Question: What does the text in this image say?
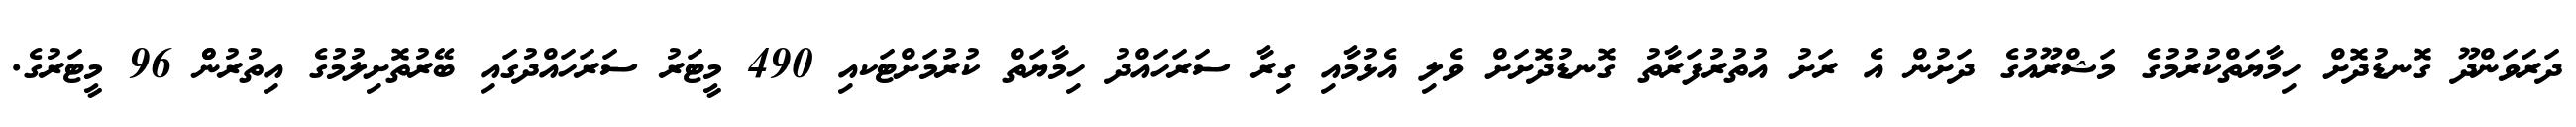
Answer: ދަރަވަންދޫ ގޮނޑުދޮށް ހިމާޔަތްކުރުމުގެ މަޝްރޫއުގެ ދަށުން އެ ރަށު އުތުރުފަރާތު ގޮނޑުދޮށަށް ވެލި އެޅުމާއި ގިރާ ސަރަހައްދު ހިމާޔަތް ކުރުމަށްޓަކއި 490 މީޓަރު ސަރަހައްދުގައި ބޭރުތޮށިލުމުގެ އިތުރުންް 96 މީޓަރުގެ.